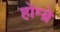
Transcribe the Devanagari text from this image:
होम्ब्रे